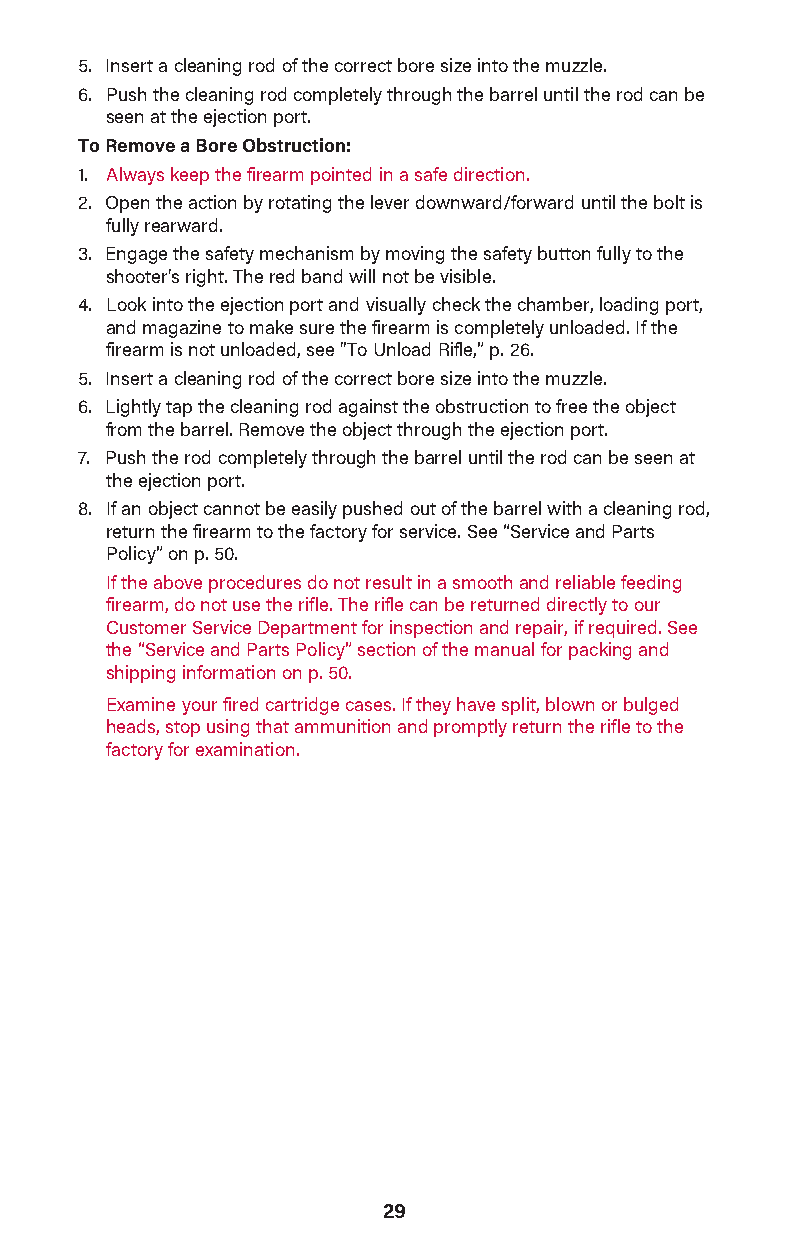
5. Insert a cleaning rod of the correct bore size into the muzzle.
 6. Push the cleaning rod completely through the barrel until the rod can be
 seen at the ejection port.
 To Remove a Bore Obstruction:
 1. Always keep the firearm pointed in a safe direction.
 2. Open the action by rotating the lever downward/forward until the bolt is
 fully rearward.
 3. Engage the safety mechanism by moving the safety button fully to the
 shooter's right. The red band will not be visible.
 4. Look into the ejection port and visual ly check the chamber, loading port,
 and magazine to make sure the firearm is completely unloaded. If the
 firearm is not unloaded, see "To Un load Rifle,” p. 26.
 5. Insert a cleaning rod of the correct bore size into the muzzle.
 6. Lightly tap the cleaning rod against the obstruction to free the object
 from the barrel. Remove the object through the ejection port.
 7. Push the rod completely through the barrel until the rod can be seen at
 the ejection port.
 8. If an object cannot be easily pushed out of the barrel with a cleaning rod,
 return the firearm to the factory for service. See “Service and Parts
 Policy” on p. 50.
 If the above procedures do not result in a smooth and reliable feeding
 firearm, do not use the rifle. The rifle can be returned directly to our
 Customer Service Department for inspection and repair, if required. See
 the “Service and Parts Policy” section of the manual for packing and
 shipping information on p. 50.
 Examine your fired cartridge cases. If they have split, blown or bulged
 heads, stop using that ammunition and promptly return the rifle to the
 factory for examination.
 29